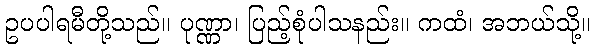
ဥပပါရမီတို့သည်။ ပုဏ္ဏာ၊ ပြည့်စုံပါသနည်း။ ကထံ၊ အဘယ်သို့။